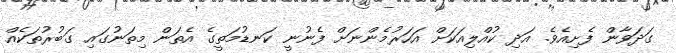
ގަދަވާން ފެށިއެވެ. އަދި ކުއްލިއަކަށް އަހަރުމެންނަށް ފެނުނީ ކަނޑުމަތީގެ އެތަން މިތަނުގައި ގަބުރުތަކެއް